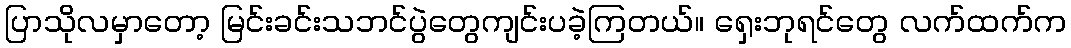
ပြာသိုလမှာတော့ မြင်းခင်းသဘင်ပွဲတွေကျင်းပခဲ့ကြတယ်။ ရှေးဘုရင်တွေ လက်ထက်က